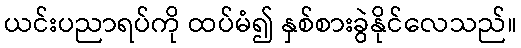
ယင်းပညာရပ်ကို ထပ်မံ၍ နှစ်စားခွဲနိုင်လေသည်။